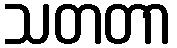
သတတာ